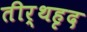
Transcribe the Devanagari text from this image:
तीर्थहृद